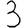
Digit: 3